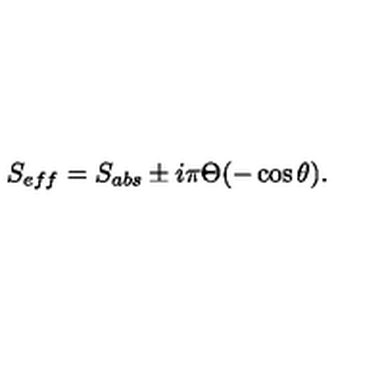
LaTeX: S _ { e f f } = S _ { a b s } \pm i \pi \Theta ( - \cos \theta ) .